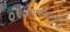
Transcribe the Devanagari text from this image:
रविकिरणमंडळाचे